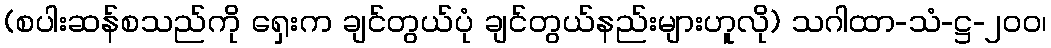
(စပါးဆန်စသည်ကို ရှေးက ချင်တွယ်ပုံ ချင်တွယ်နည်းများဟူလို) သဂါထာ-သံ-ဋ္ဌ-၂၀၀၊